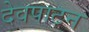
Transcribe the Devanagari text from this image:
देवपाटन